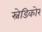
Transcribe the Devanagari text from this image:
स्नेडिकोर